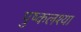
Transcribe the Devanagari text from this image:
पुष्कलश्या